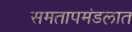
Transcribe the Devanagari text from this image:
समतापमंडलात